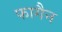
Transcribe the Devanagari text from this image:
फागैन